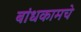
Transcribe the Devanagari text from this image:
बांधकामचे